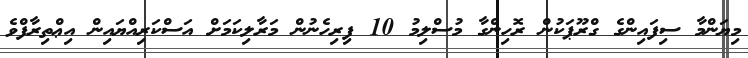
މިޔަންމާ ސިފައިންގެ ގްރޫޕަކުން ރޮހިންގާ މުސްލިމު 10 ފިރިހެނުން މަރާލިކަމަށް އަސްކަރިއްޔައިން އިޢްތިރާފްވެ